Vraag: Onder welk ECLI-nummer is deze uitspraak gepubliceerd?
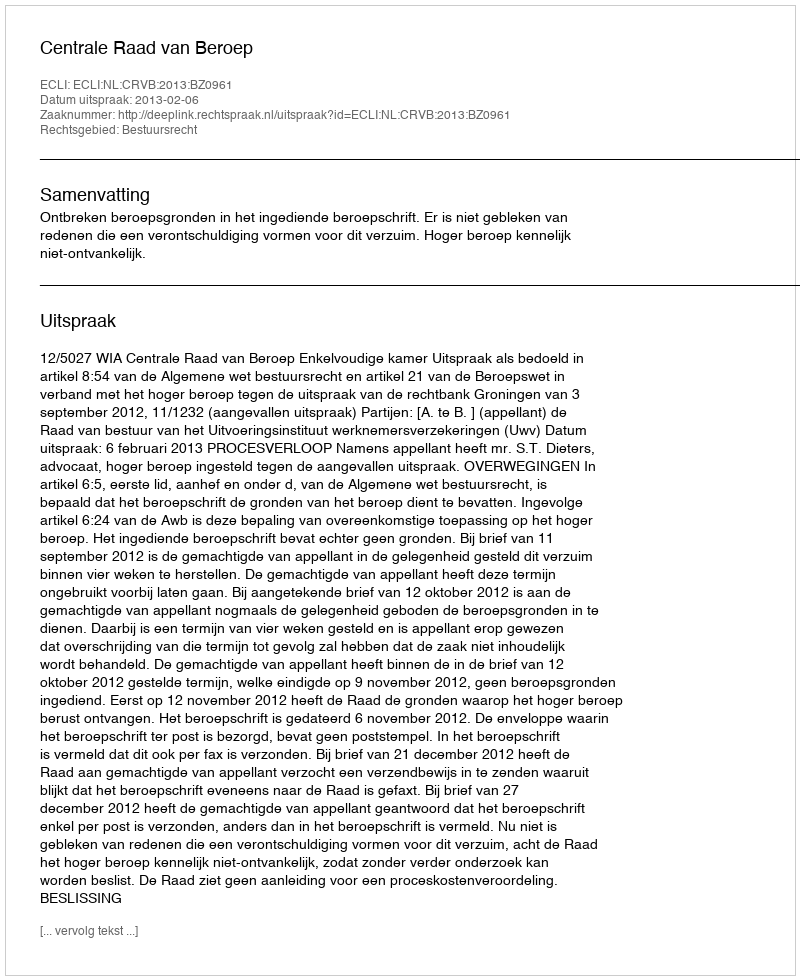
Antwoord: ECLI:NL:CRVB:2013:BZ0961